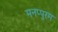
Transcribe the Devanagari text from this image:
मनप्पुरम